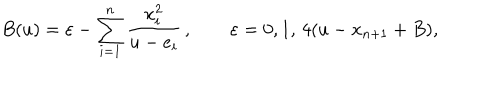
B ( u ) = \varepsilon - \sum _ { i = 1 } ^ { n } { \frac { x _ { i } ^ { 2 } } { u - e _ { i } } } \, , \qquad \varepsilon = 0 , 1 , \, 4 ( u - x _ { n + 1 } + B ) ,